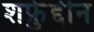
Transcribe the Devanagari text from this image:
शर्फ़ुद्दीन